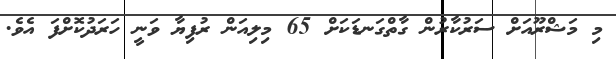
މި މަޝްރޫއަށް ސަރުކާރުން ގާތްގަނޑަކަށް 65 މިލިއަން ރުފިޔާ ވަނީ ހަރަދުކޮށްފަ އެވެ.